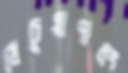
ধেচুয়াপালং